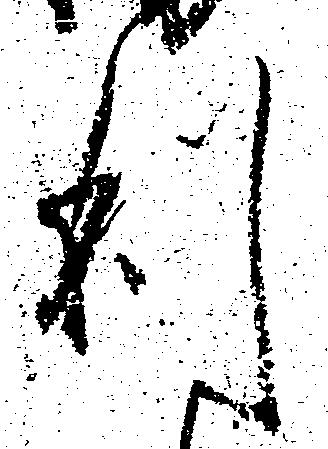
利